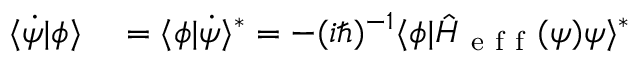
\begin{array} { r l } { \langle \dot { \psi } | \phi \rangle } & { { } = \langle \phi | \dot { \psi } \rangle ^ { \ast } = - ( i \hbar ) ^ { - 1 } \langle \phi | \hat { H } _ { \mathrm { ~ e ~ f ~ f ~ } } ( \psi ) \psi \rangle ^ { \ast } } \end{array}